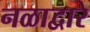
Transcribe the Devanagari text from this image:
नळाद्वारे